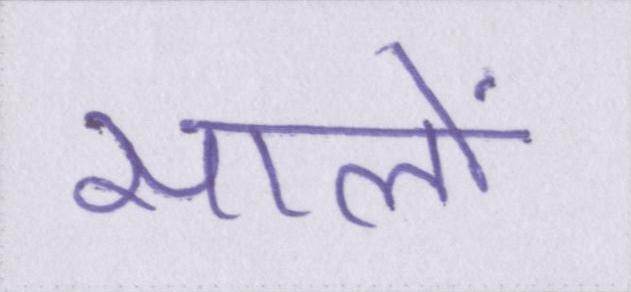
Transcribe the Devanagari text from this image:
सालों